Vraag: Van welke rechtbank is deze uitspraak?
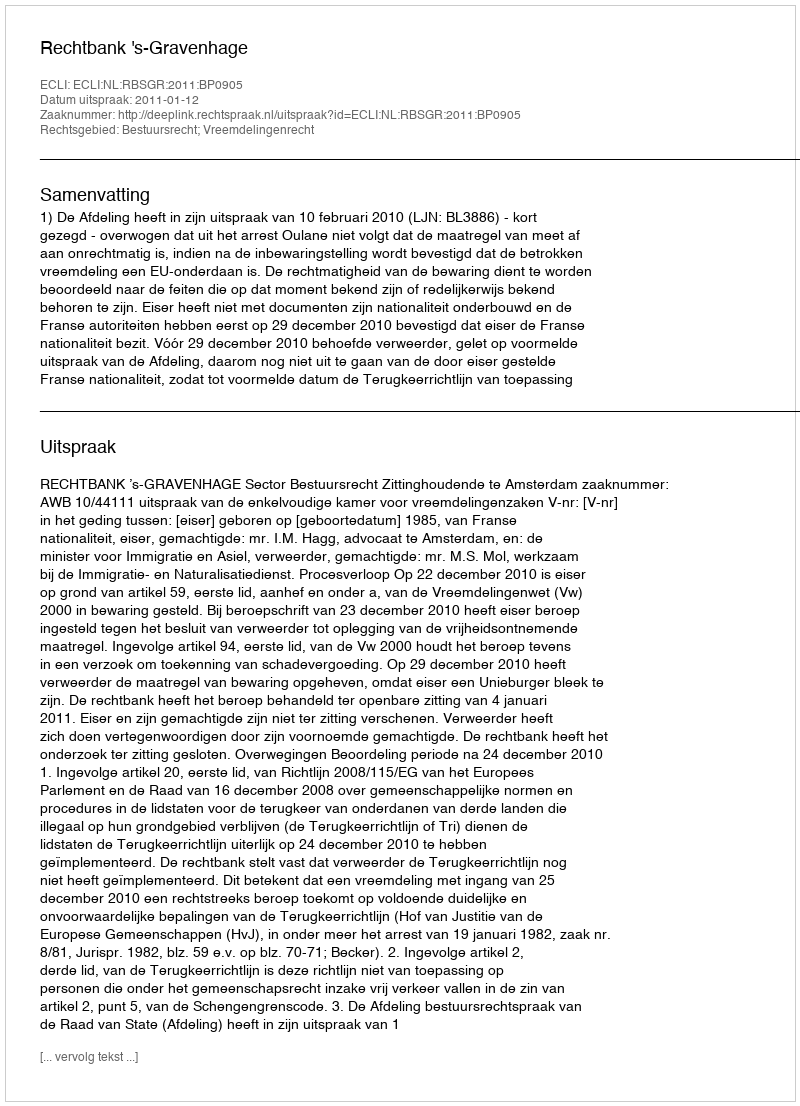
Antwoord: Rechtbank 's-Gravenhage